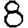
Digit: 8